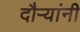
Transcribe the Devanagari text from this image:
दौर्‍यांनी